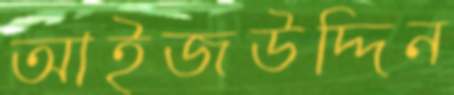
আইজউদ্দিন